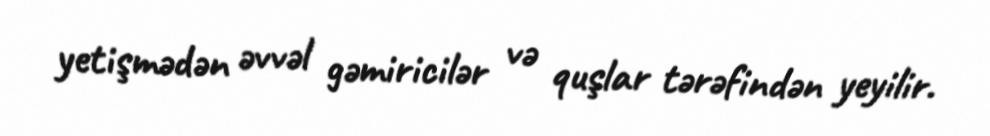
yetişmədən əvvəl gəmiricilər və quşlar tərəfindən yeyilir.